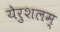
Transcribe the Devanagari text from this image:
येरुशलम्